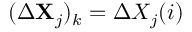
( \Delta \mathbf { X } _ { j } ) _ { k } = \Delta X _ { j } ( i )